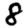
Digit: 8